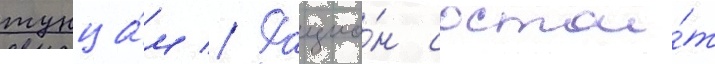
тунца́м // Рацио́н состои́т